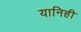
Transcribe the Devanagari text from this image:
यानिही